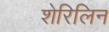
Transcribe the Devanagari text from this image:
शेरिलिन